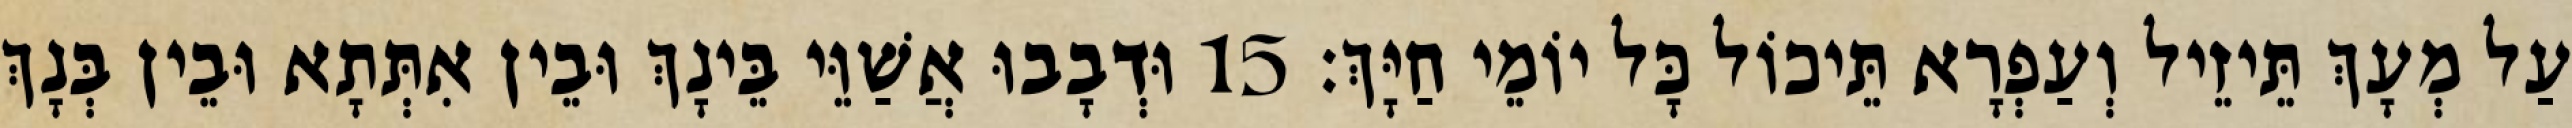
עַל מְעָךְ תֵּיזֵיל וְעַפְרָא תֵּיכוֹל כָּל יוֹמֵי חַיָּךְ׃ 15 וּדְבָבוּ אֲשַׁוֵּי בֵּינָךְ וּבֵין אִתְּתָא וּבֵין בְּנָךְ